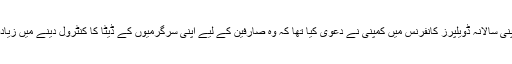
رواں ماہ ہی گوگل نے اپنی سالانہ ڈویلپرز کانفرنس میں کمپنی نے دعویٰ کیا تھا کہ وہ صارفین کے لیے اپنی سرگرمیوں کے ڈیٹا کا کنٹرول دینے میں زیادہ آسانی فراہم کررہا ہے۔